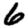
Digit: 6